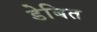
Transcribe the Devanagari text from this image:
डेबित